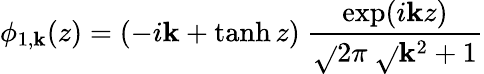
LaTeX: \phi_{1,\mathbf{k}}(z)=\left(-i\mathbf{k}+\operatorname{tanh}z\right)\ {\frac{{\exp(i\mathbf{k}z)}}{{\sqrt{}{{2\pi}}\ \sqrt{}{{\mathbf{k}^{2}+1}}}}}